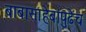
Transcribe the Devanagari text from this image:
बाबासाहेबांपुढेच